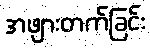
အဖျားတက်ခြင်း